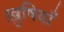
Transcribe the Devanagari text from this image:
ख़ुषियाँ